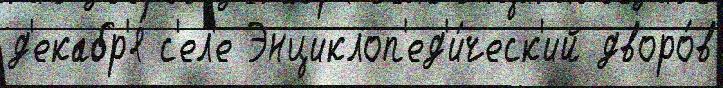
д'екабр'я́ с'ел'е Энциклоп'ед'и́ческ'ий дворо́в